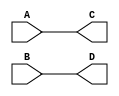
module buff
(
  input  A,
  input  B,

  output C,
  output D
);

always @(*) begin
  C = A;
  D = B;
end

endmodule